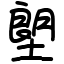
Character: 塱